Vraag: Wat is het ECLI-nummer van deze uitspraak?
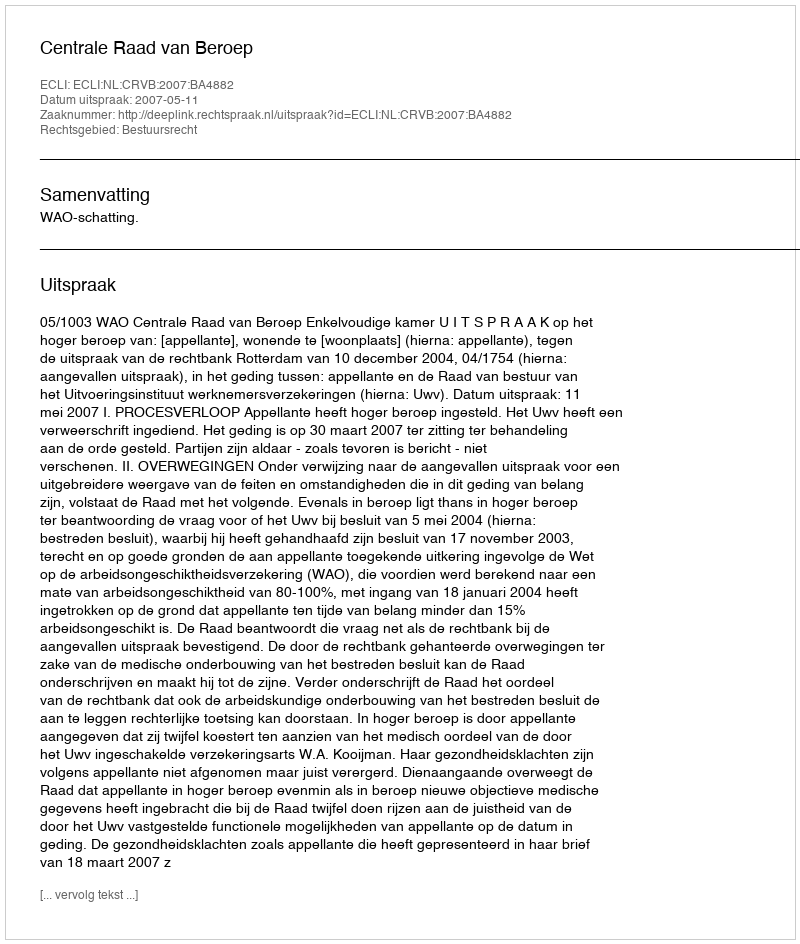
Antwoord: ECLI:NL:CRVB:2007:BA4882